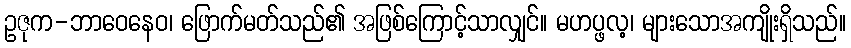
ဥဇုက-ဘာဝေနေဝ၊ ဖြောက်မတ်သည်၏ အဖြစ်ကြောင့်သာလျှင်။ မဟပ္ဖလ့၊ များသောအကျိုးရှိသည်။